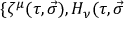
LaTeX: \{ \zeta ^ { \mu } ( \tau , \vec { \sigma } ) , { \cal H } _ { \nu } ( \tau , \vec { \sigma }